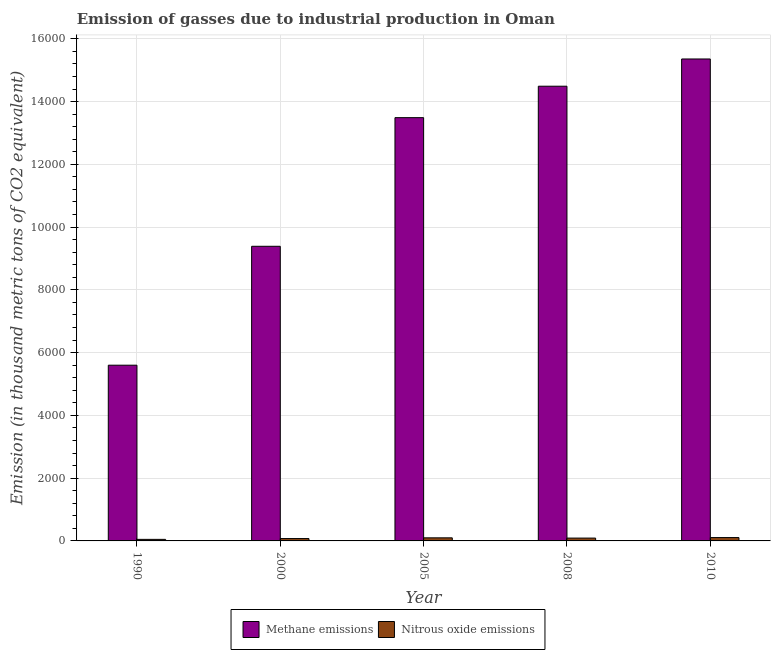
| Year | Methane emissions | Nitrous oxide emissions |
 | --- | --- | --- |
 | 1990 | 5.6e+03 | 49.4 |
 | 2000 | 9.39e+03 | 75.4 |
 | 2005 | 1.35e+04 | 98.4 |
 | 2008 | 1.45e+04 | 90.3 |
 | 2010 | 1.54e+04 | 107 |